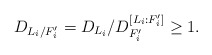
\begin{align*} D_{L_i/F'_i}=D_{L_i}/D_{F'_i}^{[L_i:F'_i]}\geq 1.\end{align*}